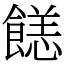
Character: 䭐